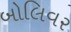
બોલિવર